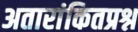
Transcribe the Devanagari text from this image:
अतारांकितप्रश्न